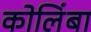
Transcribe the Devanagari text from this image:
कोलिंबा